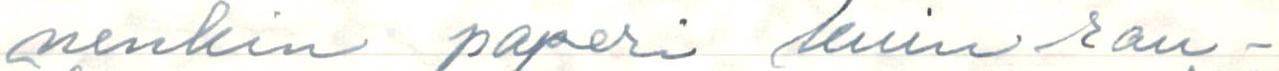
nenkin paperi kuin rau-